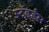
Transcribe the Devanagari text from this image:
स्टँडर्ड्‌स